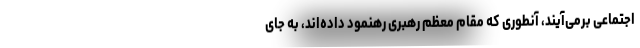
اجتماعی برمی‌آیند، آنطوری که مقام معظم رهبری رهنمود داده‌اند، به جای